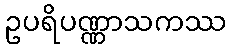
ဥပရိပဏ္ဏာသကဿ